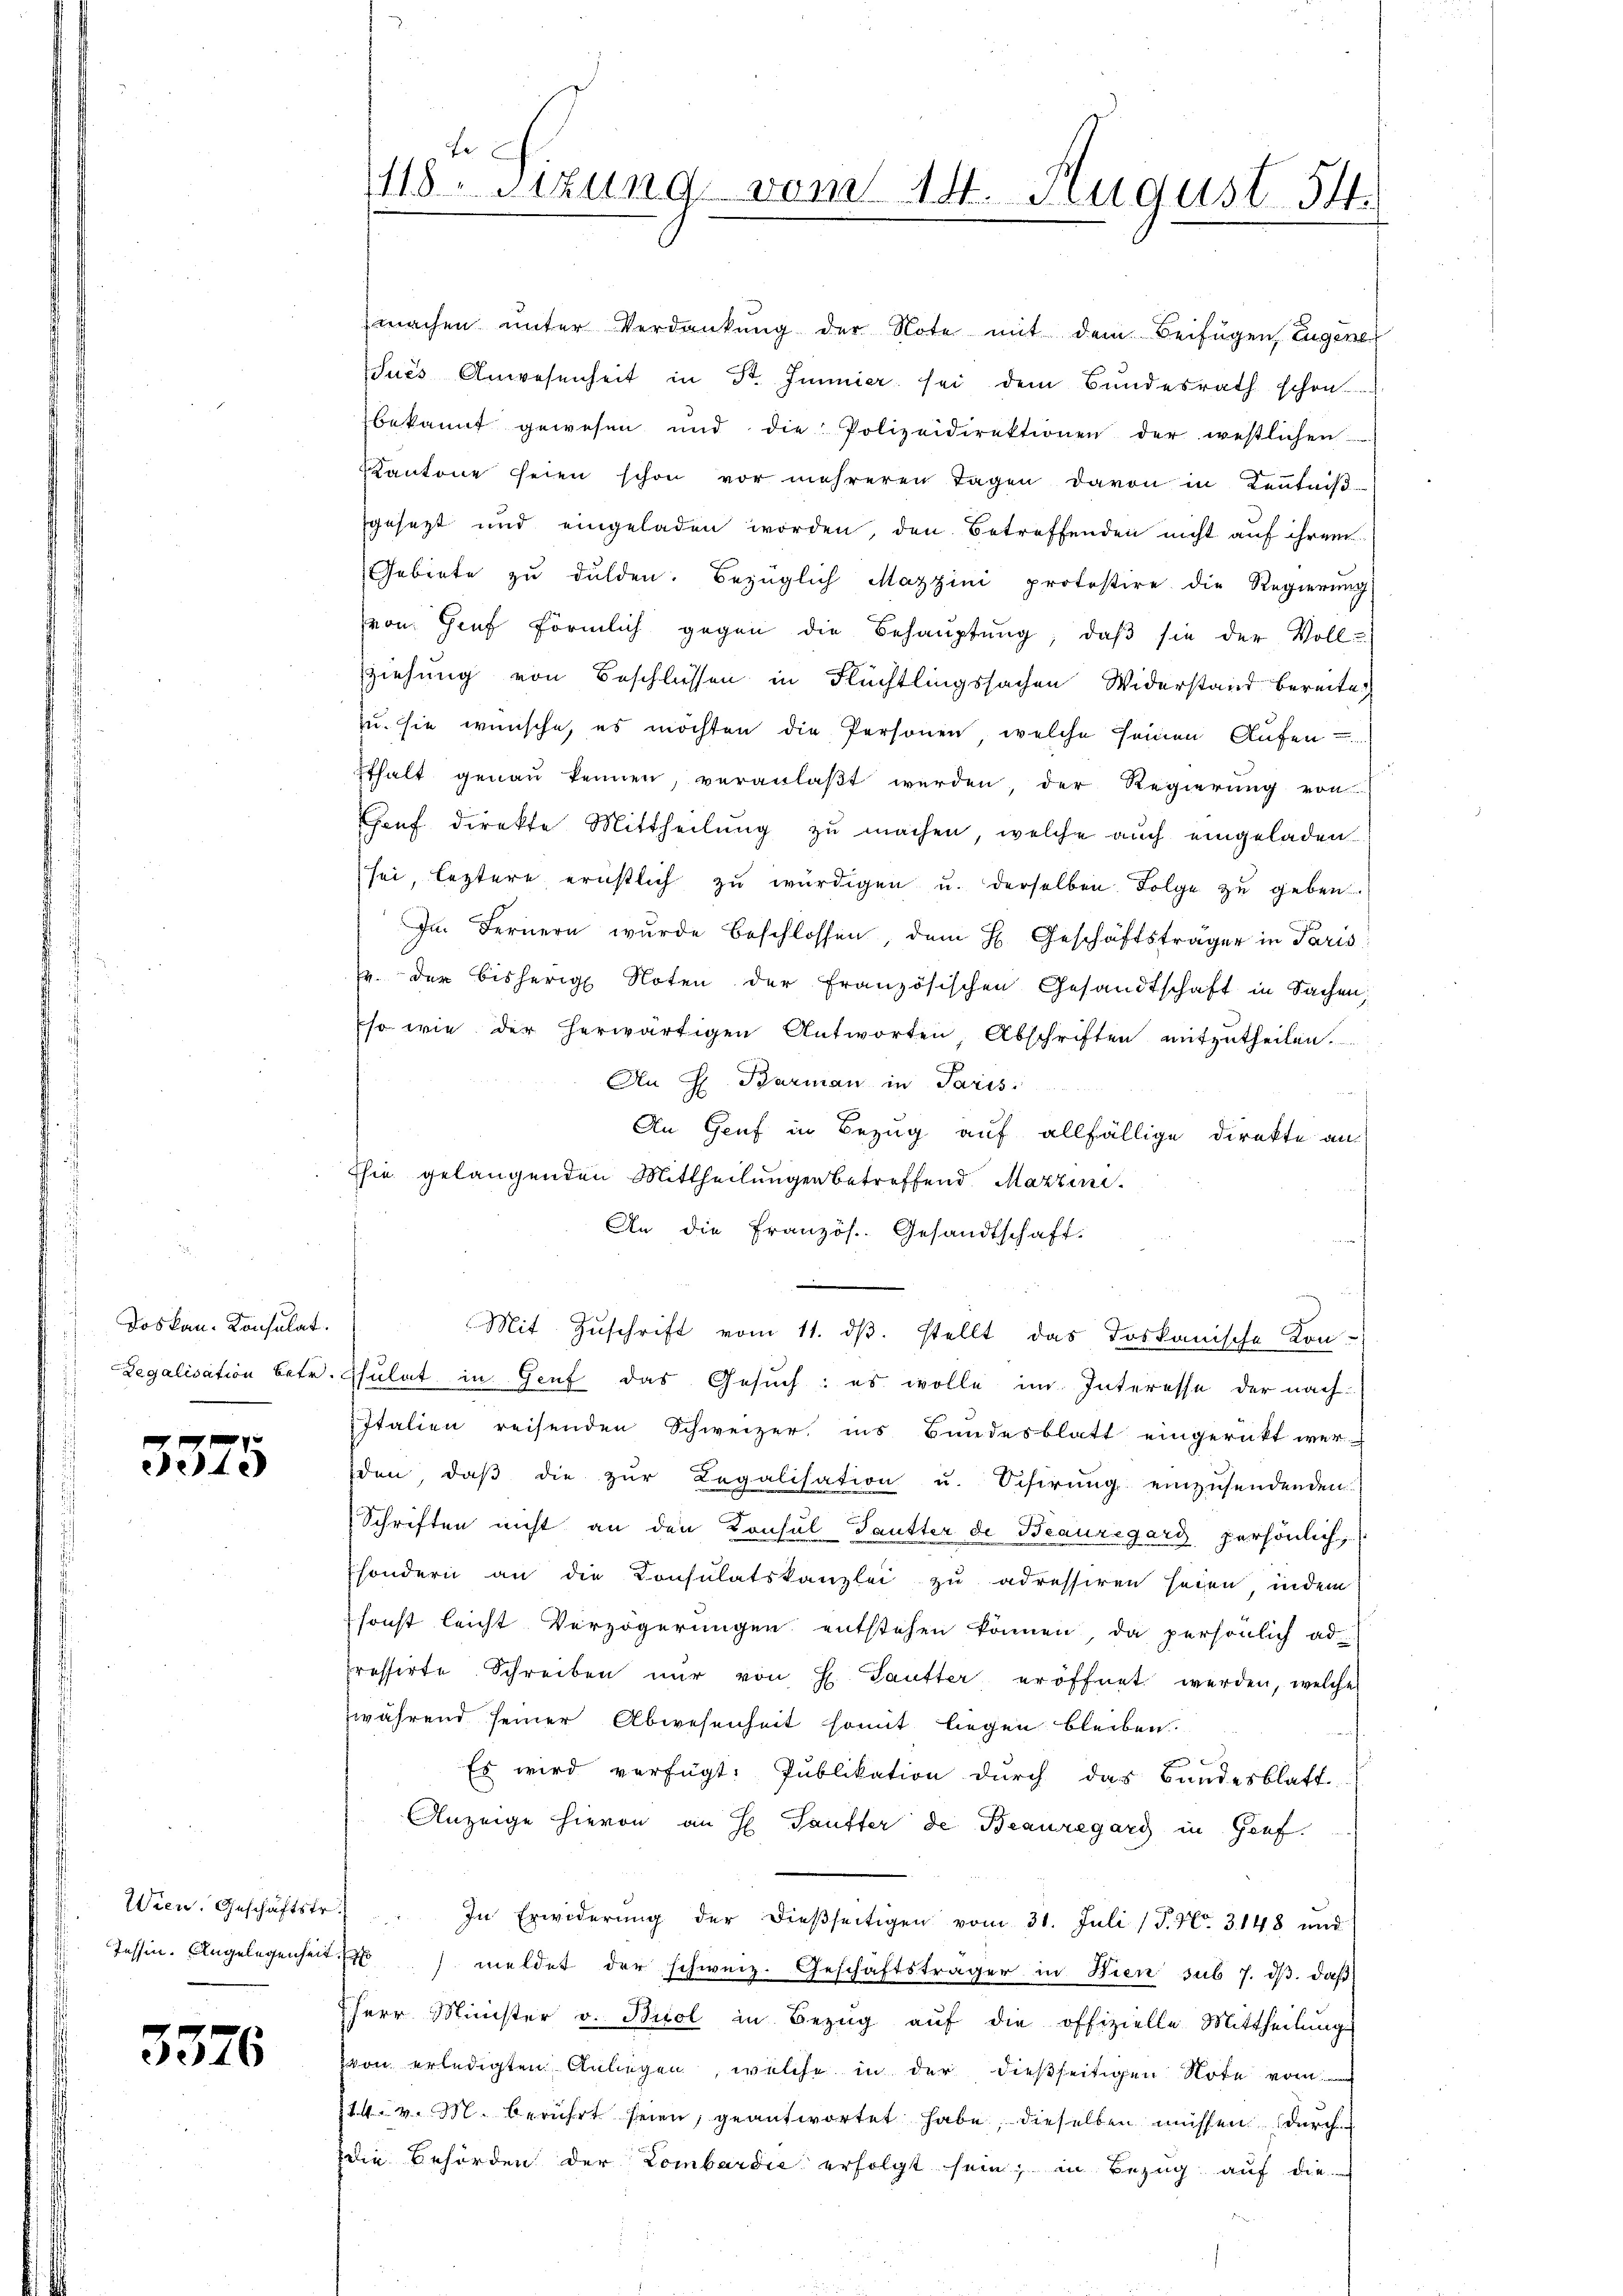
Doskan. Konsulat

3375

3376

machen unter Verdankung der Note mit dem Beifügen, Eugene
Jues Anwesenheit in St. Immier sei dem Bundesrath schon
bekannt gewesen und die Polizeidirektionen der westlichen
Kantone seien schon vor mehreren Tagen davon in Kenntniβ-
gesezt und eingeladen worden, den Betreffenden nicht auf ihrem
Gebiete zŭ dulden. Bezüglich Mazzini protostire die Regierŭng
von Genf förmlich gegen die Behauptung, daβ sie der Voll-
ziehung von Beschlüssen in Flüchtlingssachen Widerstand bereite,
zu sie wünsche, es möchten die Personen, welche seinen Aufen
Ethalt genau kennen, veranlaßt werden, der Regierung von
hauf direkte Mittheilung zu machen, welche auch eingeladen
sei, leztere ernstlich zu würdigen u. derselben Folge zu geben.
Im Fernern wurde beschlossen, dem H. Geschäftsträger in Paris
(u. der bisherige Noten der französischen Gesandtschaft in Sachen,
so wie der herwärtigen Antworten, Abschriften mitzutheilen.
An H. Barman in Paris
An Genf in Bezug auf allfällige Direkte an
Ehie gelangenden Mittheilungen betreffend Marzin
An die Französ. Gesandtschaft.
Mit Zuschrift vom 11. dβ. stellt das doskanische Kon-
Regalisation betr. Sulat in Genf das Gesuch: es wolle im Interesse der nach-
Italien reisenden Schweizer, ins Bundesblatt eingerückt werden, daβ die zŭr Legalisation u. Schirŭng einzusendenden
Schriften nicht an den Konsul Pautter de Beauregard, persönlich,
sondern an die Consulatskanzlei zu adressiren seien, indem
sonst leicht Verzögerungen entstehen können, da persönlich ad
resserte Schreiben nur von H. Gautter eröffnet werden, welche
während seiner Abwesenheit somit liegen bleiben.
3
Es wird verfügt: Publikation durch das Bundesblatt
Anzeige hievon an H. Taufter de Beauregard in Genf.
Wien. Geschäftstr. In Erwiderŭng der dieβseitigen vom 31. Juli (S. Nr. 3148 und
Tessin. Angelegenheit meldet der schweiz. Geschäftsträger in Wien sub 7. dβ. daß
Herr Minister v. Brol in Bezŭg aŭf die offizielle Mittheilŭng
von erledigten Anliegen, welche in der dießseitigen Note vom
714. v. M. berührt seien, geantwortet habe, dieselben müssen durch
die Behörden der Lombardie erfolgt sein, in Bezug auf die

Be
118. Sizung vom 14. August 14.